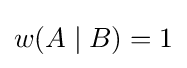
w(A\mid B)=1